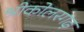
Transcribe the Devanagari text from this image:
श्रीकोलरगढ़